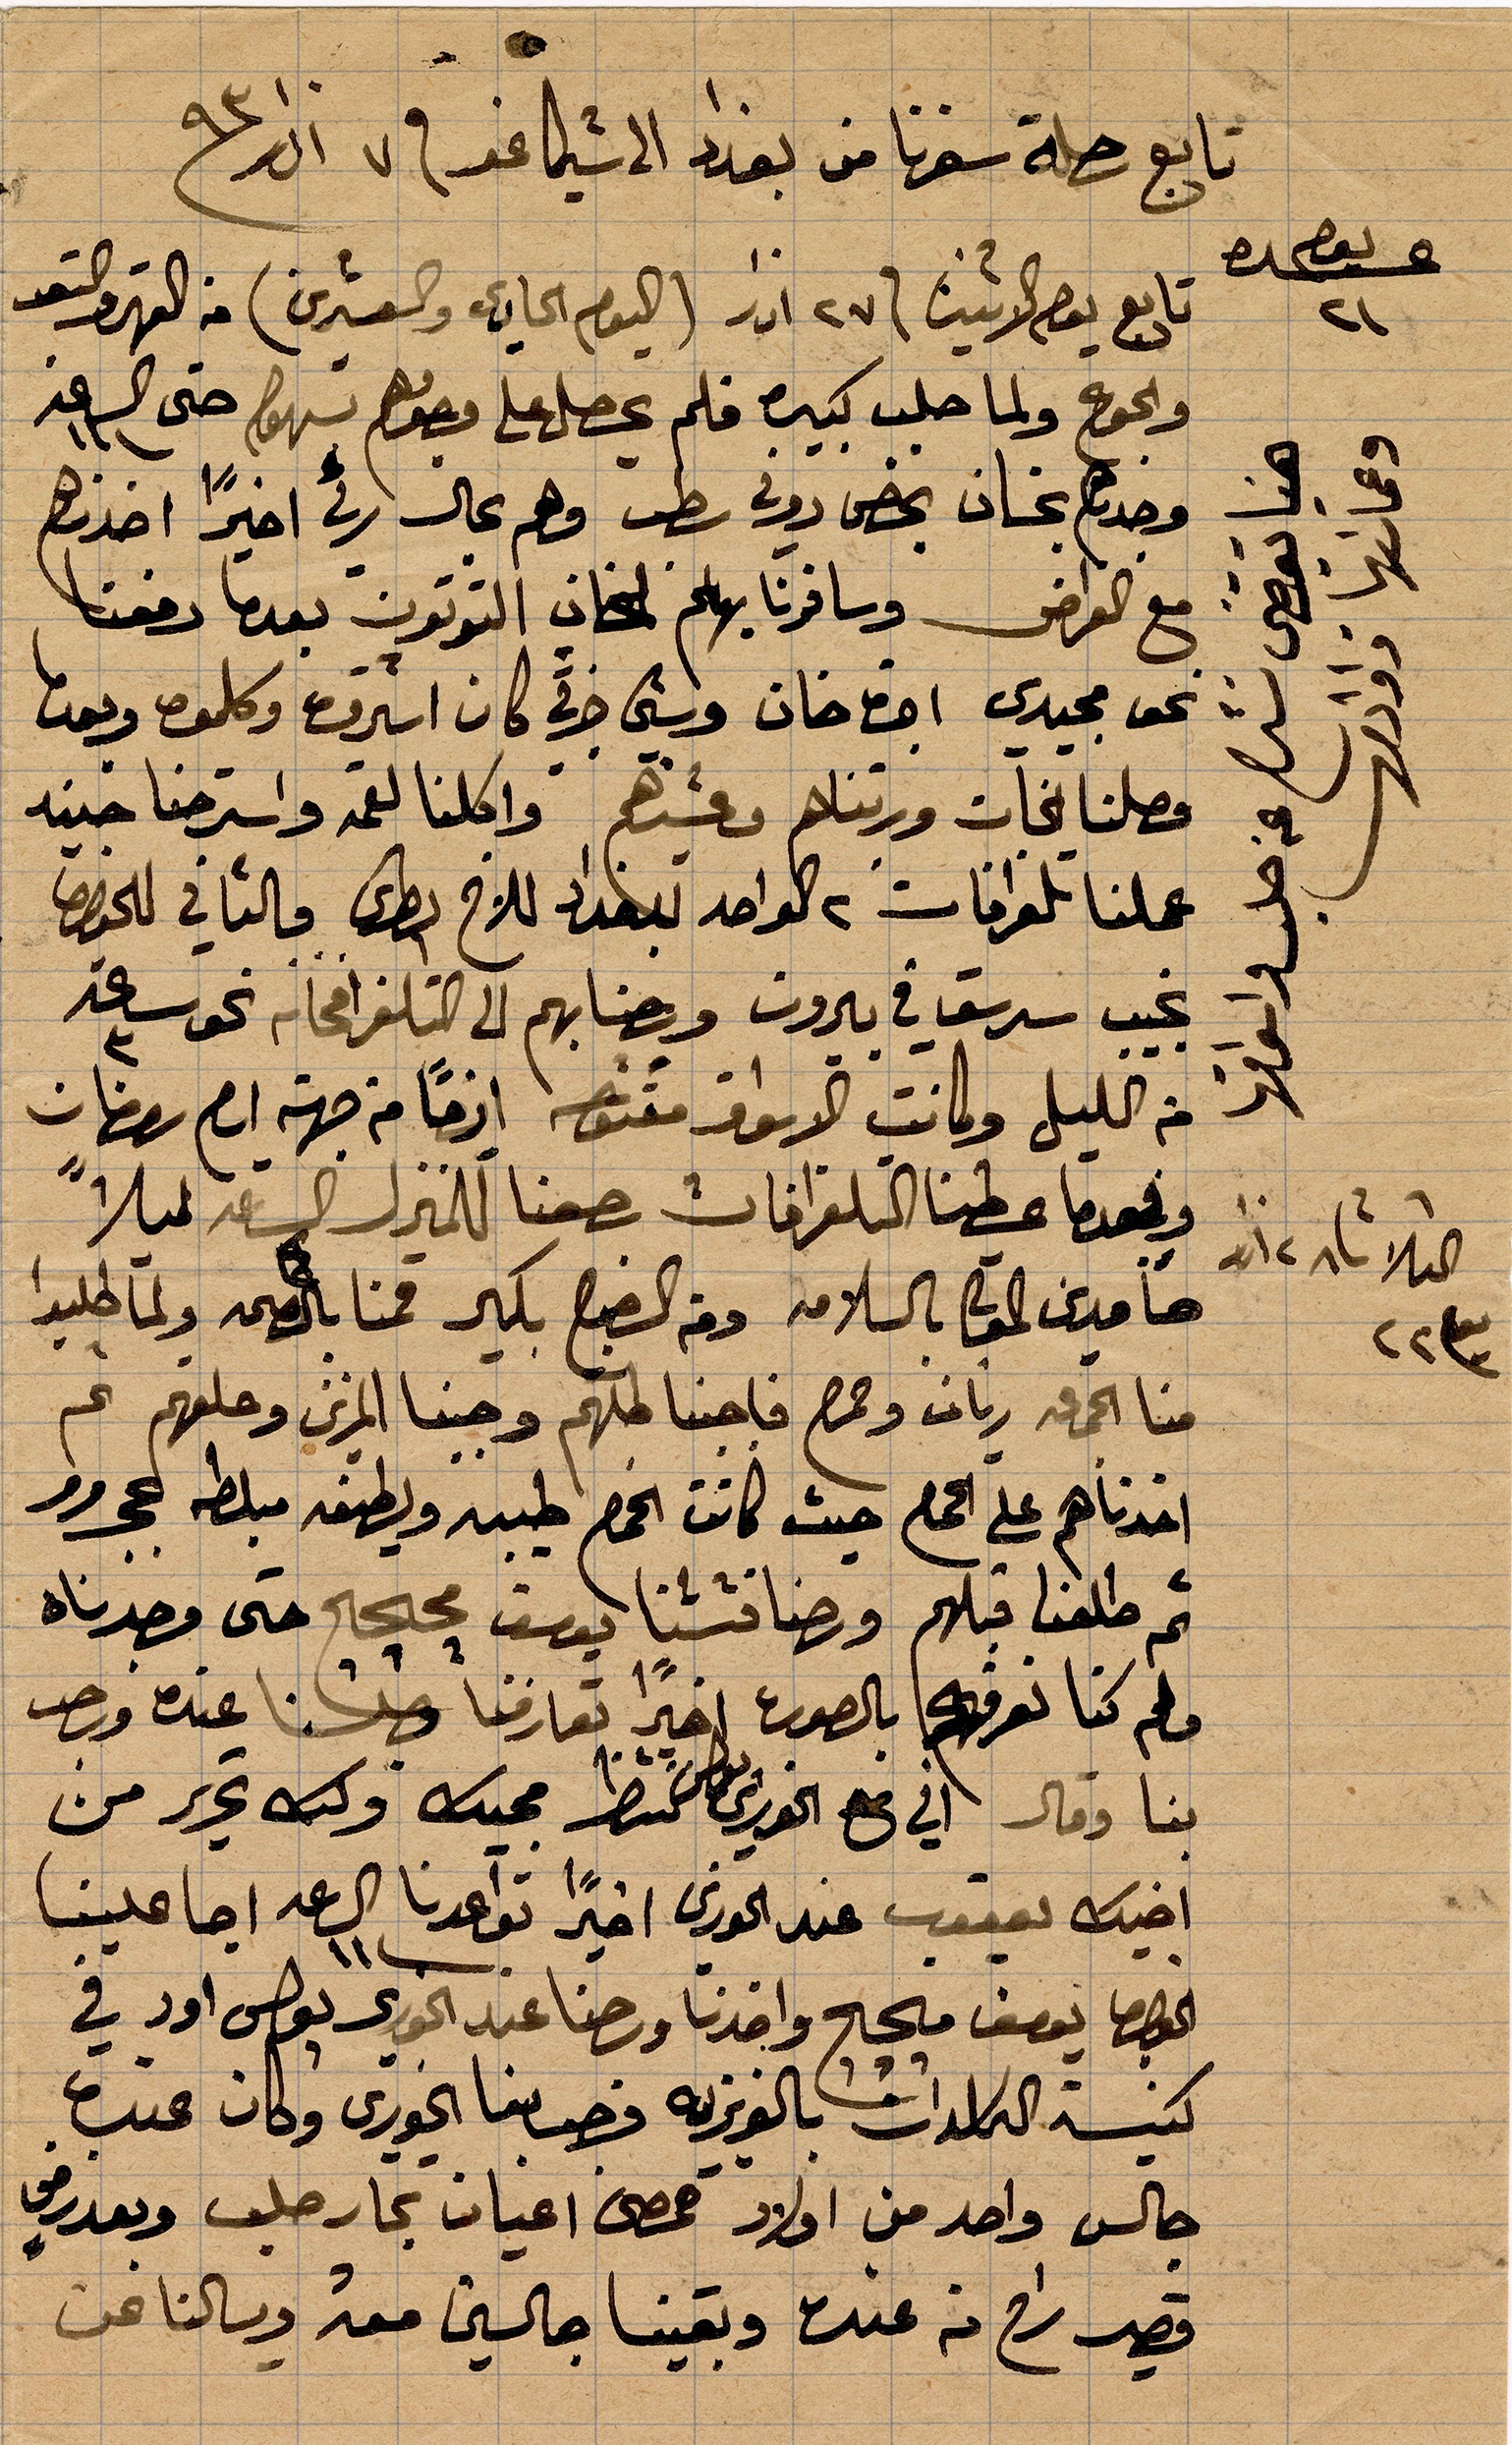
تابع رحلة سفرنا من بغدد الى شيكاغو في ٧ اذار ١٨٩٣
يوم عشره
تابع يوم الاثنين ٢٧ اذار (اليوم الحادي والعشرين) من القهر والتعب
والجوع ولما حلب كبيره فلم يحصل على وجودهم سهول حتى الساعة ١١
وجدنا بخان بخص دوي سطب وهم بحال رثة اخيرًا اخهم
مع الغراض وسافرنا بهم لخان التوتون بعدما دفعنا
نحو مجيدي اجت خان .... كان اسير... كلموه وبعدما
وصلنا الخان ورتناهم و... واكلنا القمح واسترحنا ...
عملنا تلغراف ٢ لاواحد للأخ بطرس والثاني للخوري
نجيب سرسق في بيروت وجنابهم الى التلغراف نحو ساعة ٣
من الليل وكانت الأسواق مفتوحة ايضًا من جهة .. رمضان
وعندما عطينا التلغرافات رجعنا للمنزل الساعة ليلًا
حامدين المولى بالسلامة وفي الصبح بكير قمنا بالصحة ولما طلبوا
منا الجمعة ريان وحمص فاجبنا كلبهم وجبنا المزين ...
اخذناهم على الحمص حيث كانت الحمص طيبة ولطيفة مبلطة ...
ثم طلعنا قبلهم ورحنا ... يوسف محجج حتى وجدناه
فلم كنا نعرفها بالصورة اخيرًا تعارفنا وصلنا عنده ورحب
بنا وقال ان في ال... وكتب تحرير من
اخيك يعقوب عند الخوري اخيرًأ تواعدنا الساعة ١١ اجا علينا
الخوري يوسف ... واخذنا رحنا عند الخوري بولس اور في
كنيسة الكلدان بالعزيزه فرحب بنا الخوري وكان عنده
جالي واحد من أولاد حمص اعيان تجار حلب وبعد في
قصير راح من عنده وبقينا جالسين معه وسألنا عن